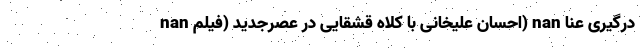
nan احسان علیخانی با کلاه قشقایی در عصرجدید (فیلم) nan درگیری عنا